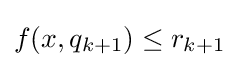
f(x,q_{k+1})\leq r_{k+1}\,\!